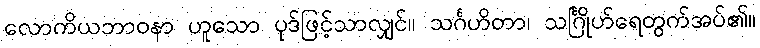
လောကိယဘာဝနာ ဟူသော ပုဒ်ဖြင့်သာလျှင်။ သင်္ဂဟိတာ၊ သင်္ဂြိုဟ်ရေတွက်အပ်၏။